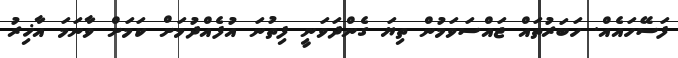
ފަސޭހައެއް. ހަބަރުތައް ޖައްސަވަމުން ތިޔަ ގެންދަވަނީ ފިތުނަ އުފެއްދުމަށް ކަމަށް ވާނަމަ އާޚިރު